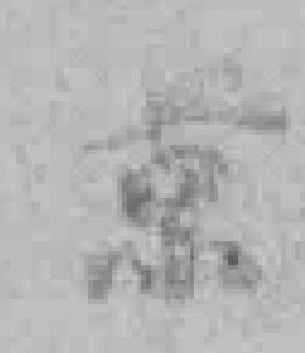
京